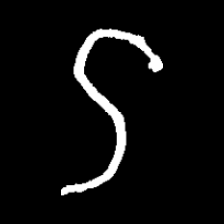
Pyu character \u2014 Myanmar letter: ဌ (romanized: ttha)